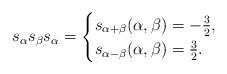
LaTeX: \begin{align*} s_{\alpha}s_{\beta}s_{\alpha} = \begin{cases} s_{\alpha+\beta} (\alpha, \beta) = -\frac{3}{2}, \\ s_{\alpha-\beta} (\alpha, \beta) = \frac{3}{2}. \\ \end{cases} \end{align*}